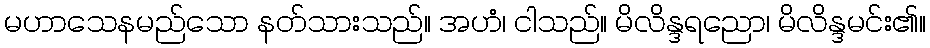
မဟာသေနမည်သော နတ်သားသည်။ အဟံ၊ ငါသည်။ မိလိန္ဒရညော၊ မိလိန္ဒမင်း၏။